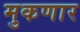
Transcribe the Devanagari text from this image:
मुकणार